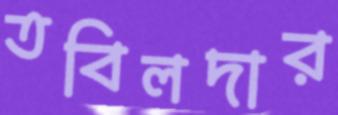
তবিলদার